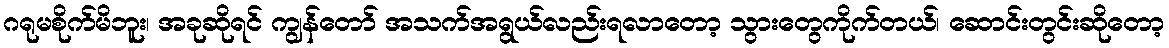
ဂရုမစိုက်မိဘူး၊ အခုဆိုရင် ကျွန်တော် အသက်အရွယ်လည်းရလာတော့ သွားတွေကိုက်တယ်၊ ဆောင်းတွင်းဆိုတော့